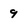
Character: 9